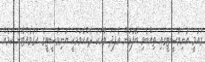
ގައުމީ ޔުނިވާސީޓީގައި ތިއްބެވި ބޭފުޅުން އެފަދަ ވާހަކަ ދެއްކެވުމަކީ ޔުނިވާސީޓީގެ އަގުވެއްޓޭނެ ކަމެއް